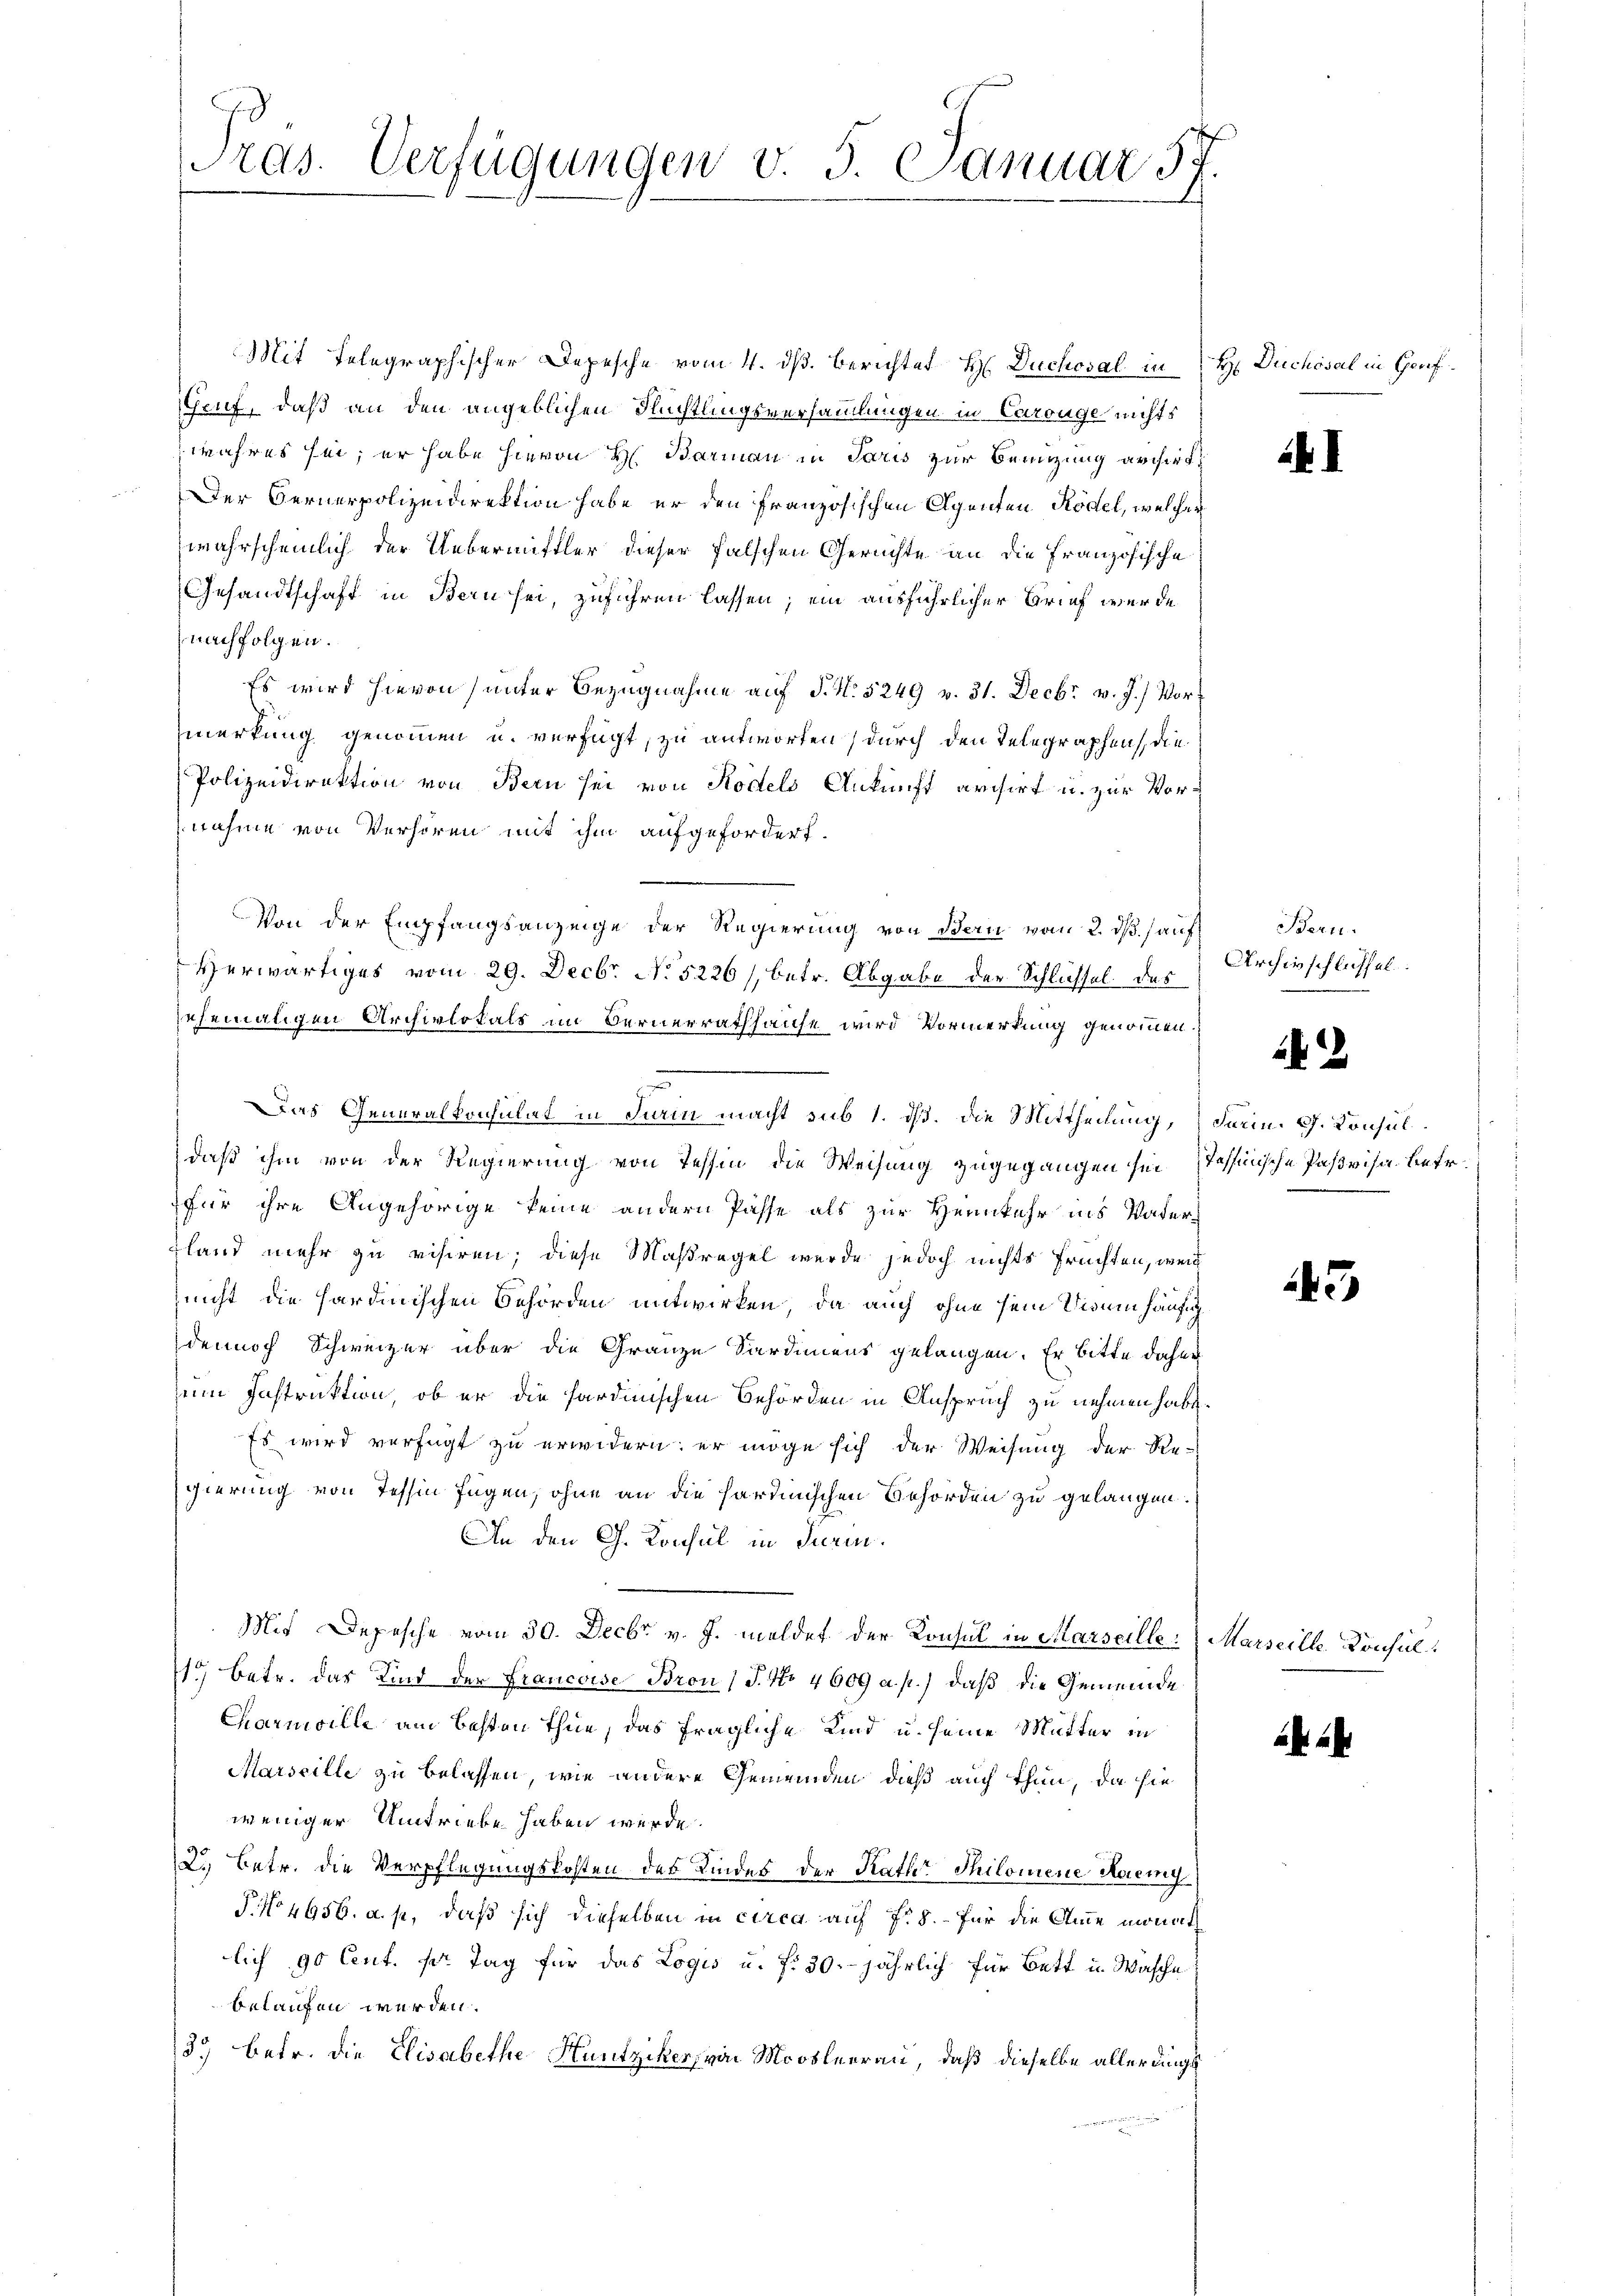
Mit Telegraphischer Depesche vom 4. dß. Berichtes H. Duchoval in H. Duchosal in Genf¬
Geuf, daß an den angeblichen Flüchtlingsversammlungen in Carouge nichts
wahres sei; er habe hievon H. Barmann in Paris zur Brenzung archirt,
Der Bernerpolizeidirektion habe er den französischen Agenten Rödel, welcher
wahrscheinlich der Uebermittler dieser falschen Gerichte an die Französische
Gesandtschaft in Bern sei, zuführen lassen; ein ausführlicher Brief werde
nachfolgen.
Es wird hievon (unter Bezugnahme auf S. N. 5249 v. 31. Decbr v. J.) Vormerkung genommen u. verfügt, zu antworten, durch den Telegraphen, die
Polizeidirektion von Bern sei von Rodels Ankunft archirt u. zur Vornahme von Verhören mit ihm aufgefordert.
Von der Empfangsanzeige der Regierung von Bern vom 2. ds. auf
Herwärtiges vom 29. Decbr. No 5226/, betr. Abgabe der Schliessel des
ehemaligen Archivlokals im Bernerrathhause wird Vormerkung genommen.
daß ihm von der Regierung von Tessin die Weisung zugegangen sei, Tessinische Parisa betr.
für ihre Angehörige keine andern Pässe als zur Hernkehr ins Vatergland mehr zu visiren; diese Maßregel wurde jedoch nichts Früchten, weil
nicht die sardinischen Behörden entwirken, da auch ohne sein Visum häufig
dennoch Schweizer über die Granze Sardiniens gelangen. Er bitte daher
sein Instruktion, ob er die sardinischen Behörden in Anspruch zu nehmen habe.
Es wird verfügt zu erwidern; er möge sich der Weisung der Re-
gierung von Tessin fügen, ohne an die sardinischen Behörden zu gelangen.
An den G. Konsul in Turin.
Mit Depesche vom 30. Decbr v. J. meldet der Konsul in Marseille. Marseith Konsul
15) betr. das Kind der Francoise Bron (J. No. 4609 a. p.) daß die Gemeinde
Carnville am Besten thue, das fragliche Kind u. seine Mutter in
Marseille zu belassen, wie andere Gemeinden, dieß auch thun, da sie
weniger Umtriebe haben werde.
2.) Betr. die Verpflegungskosten des Kindes der Kathr Philomene Haenny
P. No 4656. a. p., daß sich dieselben in circa auf Fr. 8. – für die Amme monat
lich 90 Cent. pr. Tag für das Logis u. f. 30. jährlich für Bett u. Wasche
belaufen werden.
37) betr. die Elisabethe Hunziker von Moosleerau, daß dieselbe allerdings

Tras. Verfügungen v. 5. Januar 57.

u
Das Generalkonsulat in darin macht sub 1. dh. Die Mittheilung, darin. G. Konsul

41

Bern.
Archivschlüssel

.

4

.

3